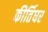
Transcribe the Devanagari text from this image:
कीर्तिघर